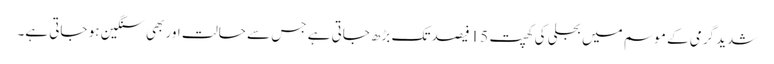
شدید گرمی کے موسم میں بجلی کی کھپت 15 فیصد تک بڑھ جاتی ہے جس سے حالت اور بھی سنگین ہو جاتی ہے۔